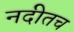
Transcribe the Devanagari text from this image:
नदीतच